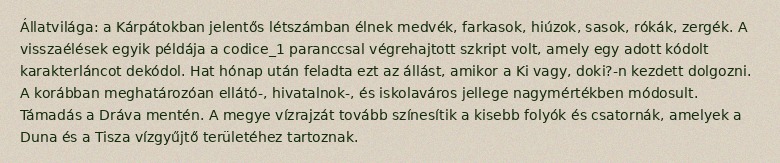
Állatvilága: a Kárpátokban jelentős létszámban élnek medvék, farkasok, hiúzok, sasok, rókák, zergék. A visszaélések egyik példája a codice_1 paranccsal végrehajtott szkript volt, amely egy adott kódolt karakterláncot dekódol. Hat hónap után feladta ezt az állást, amikor a Ki vagy, doki?-n kezdett dolgozni. A korábban meghatározóan ellátó-, hiva­tal­nok-, és iskolaváros jellege nagymértékben módosult. Támadás a Dráva mentén. A megye vízrajzát tovább színesítik a kisebb folyók és csatornák, amelyek a Duna és a Tisza vízgyűjtő területéhez tartoznak.